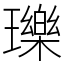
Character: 瓅